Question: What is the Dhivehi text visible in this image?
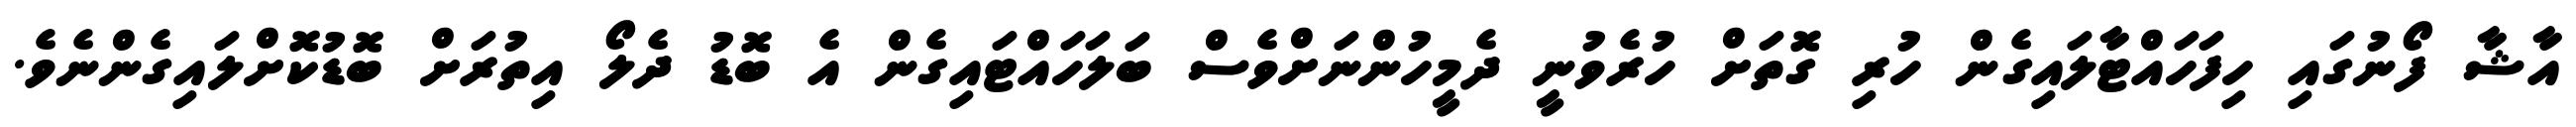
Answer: އާޝާ ފޯނުގައި ހިފަހައްޓާލައިގެން ހުރި ގޮތަށް ހުރެވުނީ ދެމީހުންނަށްވެސް ބަލަހައްޓައިގެން އެ ބޮޑު ދެލޯ އިތުރަށް ބޮޑުކޮށްލައިގެންނެވެ.